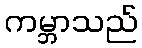
ကမ္ဘာသည်